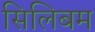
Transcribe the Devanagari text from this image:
सिलिबम